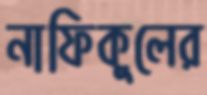
নাফিকুলের